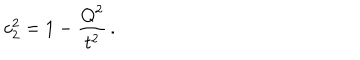
c _ { 2 } ^ { 2 } = 1 - \frac { Q ^ { 2 } } { t ^ { 2 } } \, .